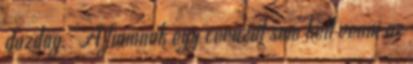
gazdag. "A fiamnak egy ceruzát sem kell venni az